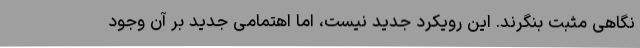
نگاهی مثبت بنگرند. این رویکرد جدید نیست، اما اهتمامی جدید بر آن وجود